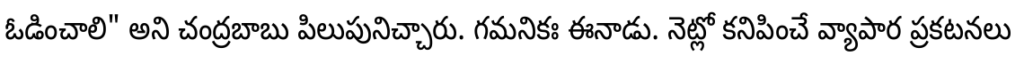
ఓడించాలి" అని చంద్రబాబు పిలుపునిచ్చారు. గమనికః ఈనాడు. నెట్లో కనిపించే వ్యాపార ప్రకటనలు